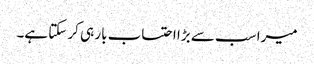
میرا سب سے بڑا احتساب بار ہی کر سکتا ہے۔